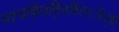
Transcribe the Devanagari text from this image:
घ्तचकि्तकि्तकिटत्ेकिटे्ति्ि